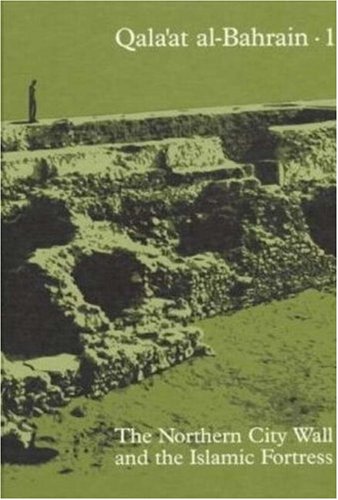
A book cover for Gala'at Al-Bahrain. 1 The Northern City Wall And The Islamic Fortress(Jutland Archaeological Society Publications); Flemming Hojlund; History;